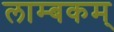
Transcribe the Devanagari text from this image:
लाम्बकम्